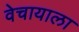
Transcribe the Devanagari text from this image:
वेचायाला